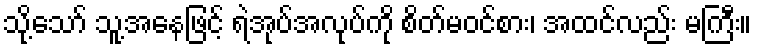
သို့သော် သူ့အနေဖြင့် ရဲအုပ်အလုပ်ကို စိတ်မဝင်စား၊ အထင်လည်း မကြီး။